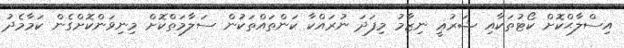
އިސްލާޙްކޮށް ކޯޓުތަކާއި ޝަރުޢީ ނިޒާމު މިފަދަ ނުރައްކާ ކަންތައްތަކުން ސަލާމަތްކޮށް މިނިވަންކޮށްގެން ކަމާމެދު